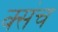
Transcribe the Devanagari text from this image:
क्संच